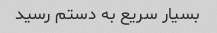
بسیار سریع به دستم رسید